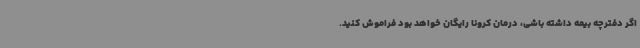
اگر دفترچه بیمه داشته‌ باشی، درمان کرونا رایگان خواهد بود فراموش کنید.